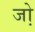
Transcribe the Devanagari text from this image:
जो़